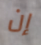
إن